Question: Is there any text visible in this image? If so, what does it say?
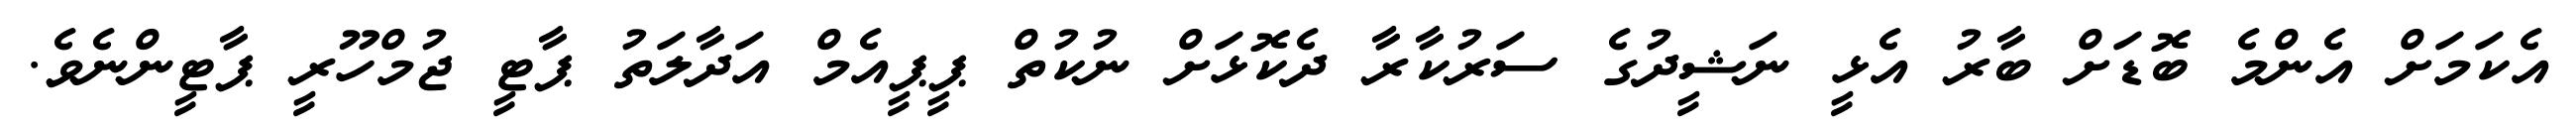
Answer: އެކަމަށް އެންމެ ބޮޑަށް ބާރު އެޅީ ނަޝީދުގެ ސަރުކާރާ ދެކޮޅަށް ނުކުތް ޕީޕީއެމް އަދާލަތު ޕާޓީ ޖުމްހޫރީ ޕާޓީންނެވެ.